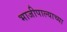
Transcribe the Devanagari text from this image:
भाजीपाल्याच्या